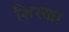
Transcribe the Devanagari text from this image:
शिस्खा